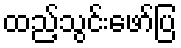
ထည့်သွင်းဖော်ပြ